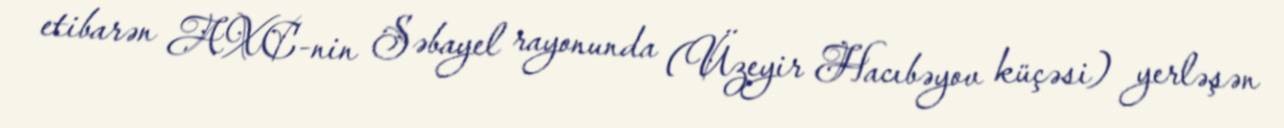
etibarən AXC-nin Səbayel rayonunda (Üzeyir Hacıbəyov küçəsi) yerləşən